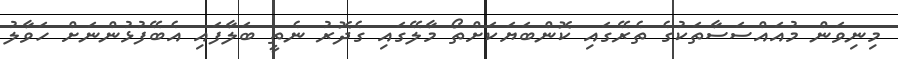
މިނިވަން މުއައްސަސާތަކުގެ ތެރޭގައި ކޮންބަޔަކަށްތޯ މާލޭގައި ގެދޮރު ނެތީ ބަލާފައި އެބޭފުޅުންނަށް ހަވާލު